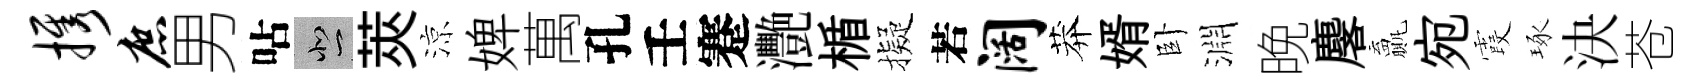
携庶男呫悲莢涼婢萬孔壬蹇灧楯擬若阔莽婿卧淵晚麐贏宛霞琢決苍